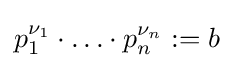
p_{1}^{\nu _{1}}\cdot \ldots \cdot p_{n}^{\nu _{n}}:=b